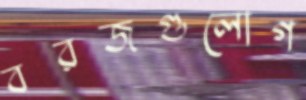
বরজগুলোগ